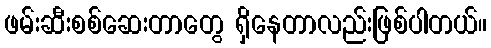
ဖမ်းဆီးစစ်ဆေးတာတွေ ရှိနေတာလည်းဖြစ်ပါတယ်။